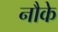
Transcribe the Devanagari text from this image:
नौके